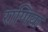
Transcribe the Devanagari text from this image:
राणिया